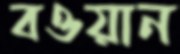
বওয়ান